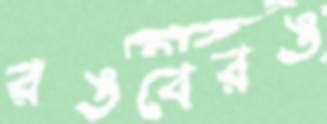
রঙবেরঙ